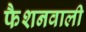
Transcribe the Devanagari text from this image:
फैशनवाली